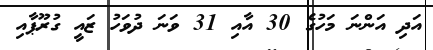
އަދި އަންނަ މަހުގެ 30 އާއި 31 ވަނަ ދުވަހު ޒައީ ގުރޫޕާއި